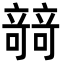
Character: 𥪼